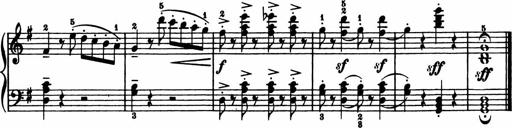
Title: 11 Sonatinas for Piano Solo
Composer: Anton Diabelli